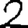
Digit: 2